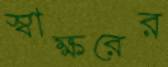
স্বাক্ষরের